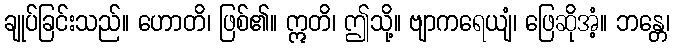
ချုပ်ခြင်းသည်။ ဟောတိ၊ ဖြစ်၏။ ဣတိ၊ ဤသို့။ ဗျာကရေယျံ၊ ဖြေဆိုအံ့။ ဘန္တေ၊